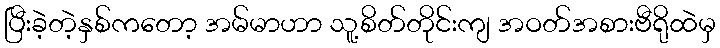
ပြီးခဲ့တဲ့နှစ်ကတော့ အမ်မာဟာ သူ့စိတ်တိုင်းကျ အဝတ်အစားဗီရိုထဲမှ